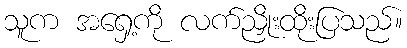
သူက အရှေ့ကို လက်ညှိုးထိုးပြသည်။